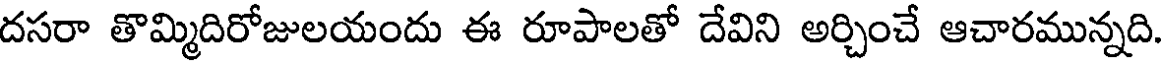
దసరా తొమ్మిదిరోజులయందు ఈ రూపాలతో దేవిని అర్చించే ఆచారమున్నది.